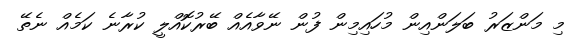
މި މަންޒަރު ބަލަންއިން މުހައިމިން ފުން ނޭވާއެއް ބޭރުކޮއްލީ ކުރާނެ ކަމެއް ނެތޭ